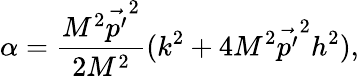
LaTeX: \alpha=\frac{M^{2}\stackrel{\rightarrow}{p^{\prime}}^{2}}{2M^{2}}(k^{2}+4M^{2}\stackrel{\rightarrow}{p^{\prime}}^{2}h^{2}),